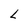
Character: L